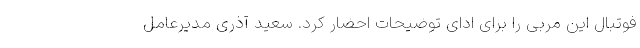
فوتبال این مربی را برای ادای توضیحات احضار کرد. سعید آذری مدیرعامل